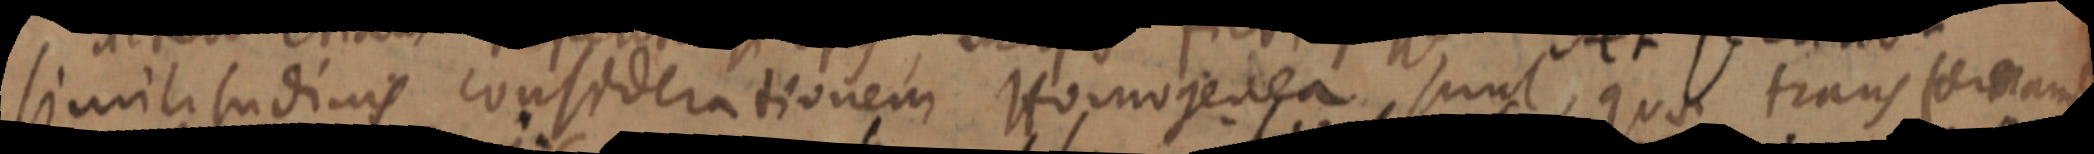
similitudinis considerationem Homogenea sunt, quae transformant